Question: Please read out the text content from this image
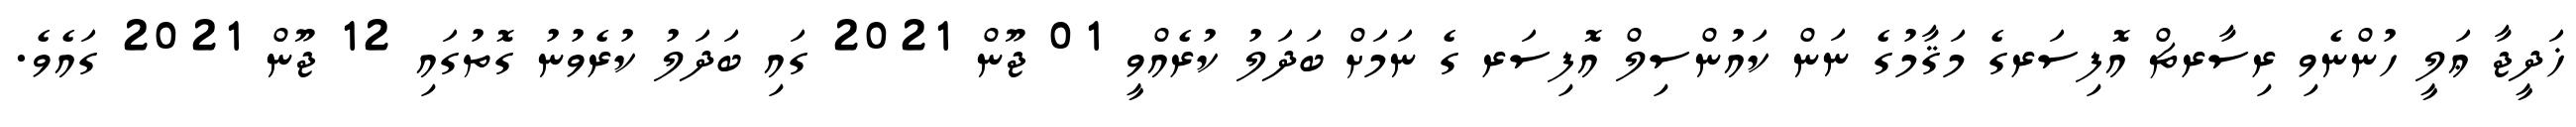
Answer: ޚަދީޖާ ޢަލީ ހުންނެވި ރިސާރޗް އޮފިސަރގެ މަޤާމުގެ ނަން ކައުންސިލް އޮފިސަރ ގެ ނަމަށް ބަދަލު ކުރެއްވީ 01 ޖޫން 2021 ގައި ބަދަލު ކުރެވުނު ގޮތުގައި 12 ޖޫން 2021 ގައެވެ.